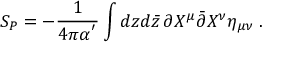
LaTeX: S _ { P } = - \frac { 1 } { 4 \pi \alpha ^ { ' } } \int d z d \bar { z } \, \partial X ^ { \mu } \bar { \partial } X ^ { \nu } \eta _ { \mu \nu } \; .